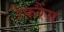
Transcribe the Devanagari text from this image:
रैफरैंस